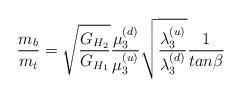
LaTeX: \begin{align*}{m_b\over {m_t}}={\sqrt{G_{H_2}\over G_{H_1}}} {\mu^{(d)}_{3}\over \mu^{(u)}_{3}} {\sqrt{\lambda^{(u)}_{3}\over \lambda^{(d)}_{3}}}{1\over tan\beta} \end{align*}